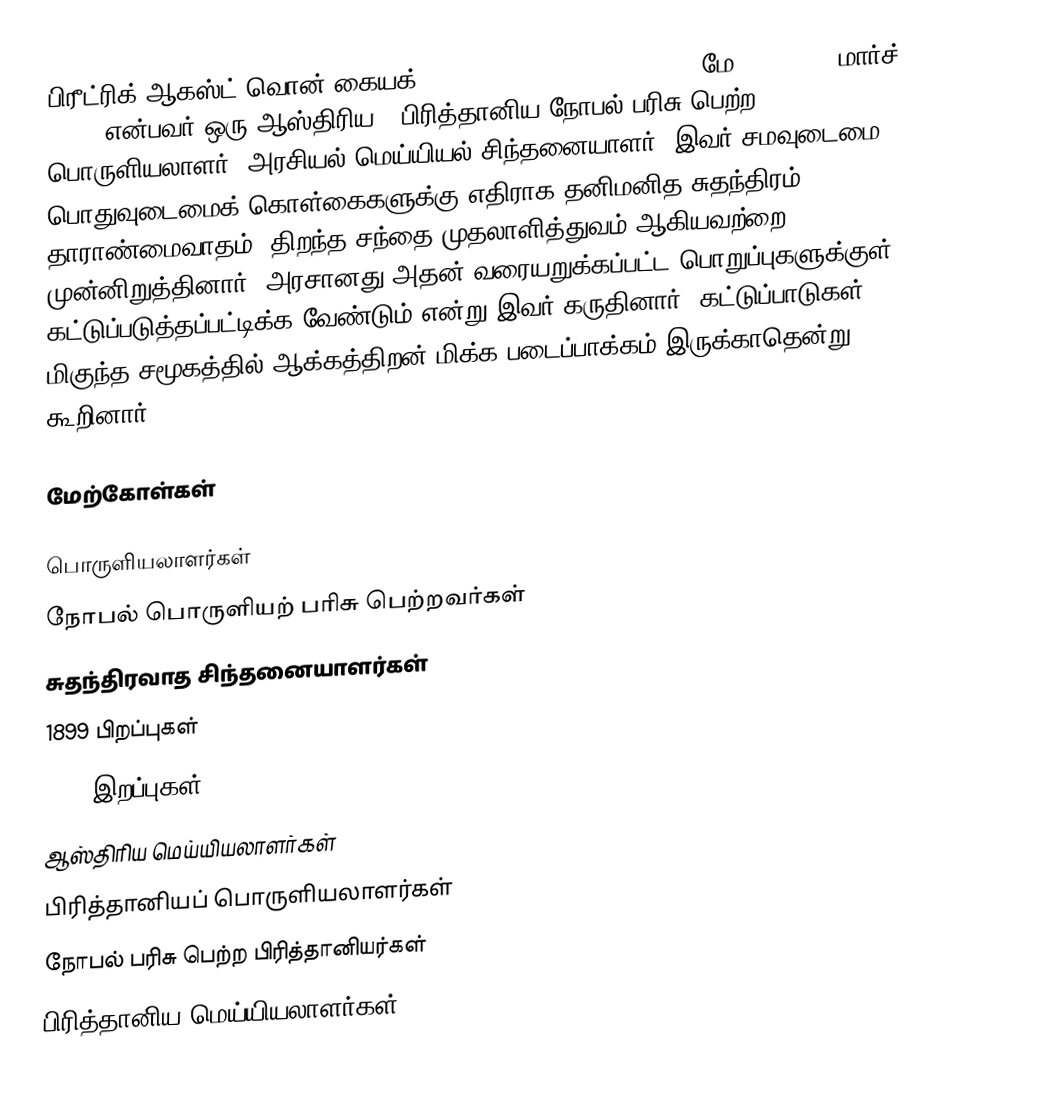
பிரீட்ரிக் ஆகஸ்ட் வொன் கையக் (Friedrich August von Hayek, மே 8, 1899 - மார்ச் 23, 1992) என்பவர் ஒரு ஆஸ்திரிய - பிரித்தானிய நோபல் பரிசு பெற்ற பொருளியலாளர், அரசியல் மெய்யியல் சிந்தனையாளர். இவர் சமவுடைமை, பொதுவுடைமைக் கொள்கைகளுக்கு எதிராக தனிமனித சுதந்திரம், தாராண்மைவாதம், திறந்த சந்தை முதலாளித்துவம் ஆகியவற்றை முன்னிறுத்தினார்.  அரசானது அதன் வரையறுக்கப்பட்ட பொறுப்புகளுக்குள் கட்டுப்படுத்தப்பட்டிக்க வேண்டும் என்று இவர் கருதினார். கட்டுப்பாடுகள் மிகுந்த சமூகத்தில் ஆக்கத்திறன் மிக்க படைப்பாக்கம் இருக்காதென்று கூறினார்.

மேற்கோள்கள்

பொருளியலாளர்கள்
நோபல் பொருளியற் பரிசு பெற்றவர்கள்
சுதந்திரவாத சிந்தனையாளர்கள்
1899 பிறப்புகள்
1992 இறப்புகள்
ஆஸ்திரிய மெய்யியலாளர்கள்
பிரித்தானியப் பொருளியலாளர்கள்
நோபல் பரிசு பெற்ற பிரித்தானியர்கள்
பிரித்தானிய மெய்யியலாளர்கள்